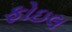
ફોઇલ